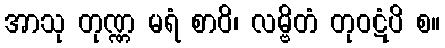
အာသု တုဏ္ဏ မရံ စာဝိ၊ လမ္ဗိတံ တုဝဋံပိ စ။